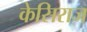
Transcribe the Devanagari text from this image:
केसिराज